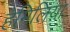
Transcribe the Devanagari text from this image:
हेमिलिया